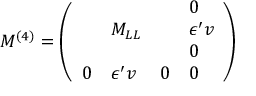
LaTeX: M ^ { ( 4 ) } = \left( \begin{array} { l l l l } { { } } & { { } } & { { } } & { { 0 } } \\ { { } } & { { M _ { L L } } } & { { } } & { { \epsilon ^ { \prime } v } } \\ { { } } & { { } } & { { } } & { { 0 } } \\ { { 0 } } & { { \epsilon ^ { \prime } v } } & { { 0 } } & { { 0 } } \end{array} \right)